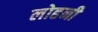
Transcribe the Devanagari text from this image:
लोहनी